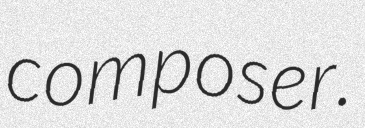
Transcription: composer.